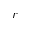
r